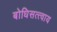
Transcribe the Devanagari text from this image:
बोधिसत्त्वाय